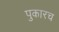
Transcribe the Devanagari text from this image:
पुकारच